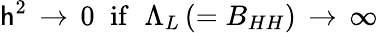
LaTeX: \mathsf{h}^{2}\, \rightarrow\, 0\; \; \mathrm{{if}}\; \; \Lambda_{L}\, (=B_{HH})\, \rightarrow\, \infty